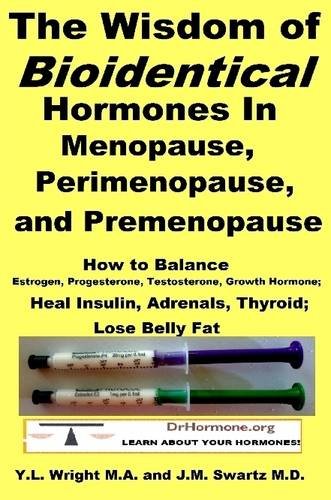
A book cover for The Wisdom of Bioidentical Hormones In Menopause, Perimenopause, and Premenopause : How to Balance Estrogen, Progesterone, Testosterone, Growth Hormone; Heal Insulin, Adrenals, Thyroid; Lose Belly Fat; J.M. Swartz M.D.; Health, Fitness & Dieting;